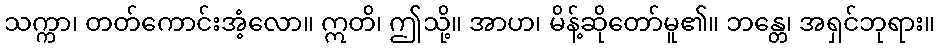
သက္ကာ၊ တတ်ကောင်းအံ့လော။ ဣတိ၊ ဤသို့။ အာဟ၊ မိန့်ဆိုတော်မူ၏။ ဘန္တေ၊ အရှင်ဘုရား။